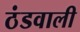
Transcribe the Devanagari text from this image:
ठंडवाली